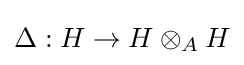
\Delta :H\to H\otimes _{A}H